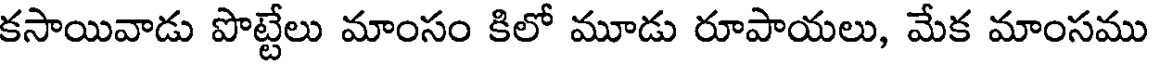
కసాయివాడు పొట్టేలు మాంసం కిలో మూడు రూపాయలు, మేక మాంసము